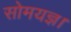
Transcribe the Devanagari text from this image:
सोमयज्ञ।